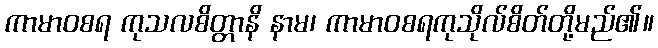
ကာမာဝစရ ကုသလစိတ္တာနိ နာမ၊ ကာမာဝစရကုသိုလ်စိတ်တို့မည်၏။